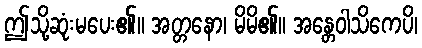
ဤသို့ဆုံးမပေး၏။ အတ္တနော၊ မိမိ၏။ အန္တေဝါသိကေပိ၊